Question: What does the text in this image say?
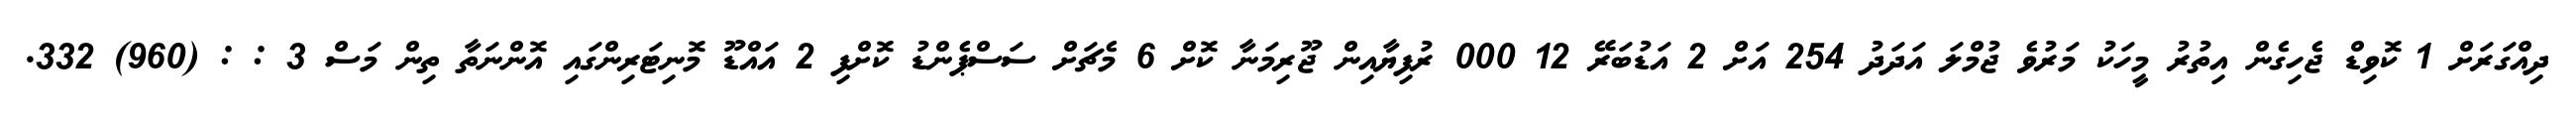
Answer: ދިއްގަރަށް 1 ކޮވިޑް ޖެހިގެން އިތުރު މީހަކު މަރުވެ ޖުމްލަ އަދަދު 254 އަށް 2 އަޑުބަރޭ 12 000 ރުފިޔާއިން ޖޫރިމަނާ ކޮށް 6 މެޗަށް ސަސްޕެންޑު ކޮށްފި 2 އައްޑޫ މޮނިޓަރިންގައި އޮންނަތާ ތިން މަސް 3 : : (960) 332.